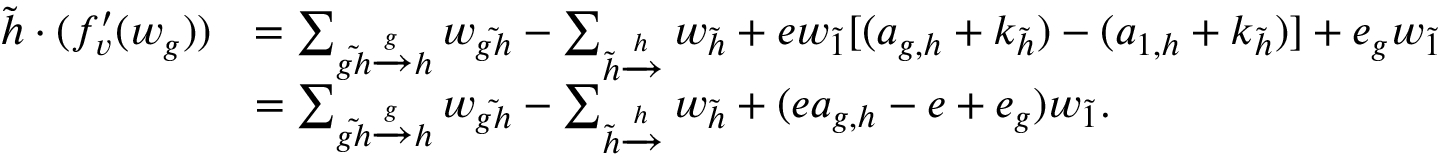
\begin{array} { r l } { \Tilde { h } \cdot ( f _ { v } ^ { \prime } ( w _ { g } ) ) } & { = \sum _ { \Tilde { g h } \xrightarrow [ ] g h } w _ { \Tilde { g h } } - \sum _ { \Tilde { h } \xrightarrow [ ] h } w _ { \Tilde { h } } + e w _ { \Tilde { 1 } } [ ( a _ { g , h } + k _ { \Tilde { h } } ) - ( a _ { 1 , h } + k _ { \Tilde { h } } ) ] + e _ { g } w _ { \Tilde { 1 } } } \\ & { = \sum _ { \Tilde { g h } \xrightarrow [ ] g h } w _ { \Tilde { g h } } - \sum _ { \Tilde { h } \xrightarrow [ ] h } w _ { \Tilde { h } } + ( e a _ { g , h } - e + e _ { g } ) w _ { \Tilde { 1 } } . } \end{array}